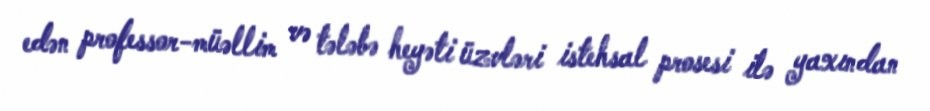
edən professor-müəllim və tələbə heyəti üzvləri istehsal prosesi ilə yaxından